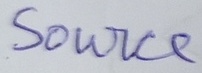
Text: Source